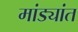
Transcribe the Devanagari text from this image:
मांड्यांत